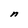
Character: n